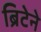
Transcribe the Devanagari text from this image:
ब्रिटेने